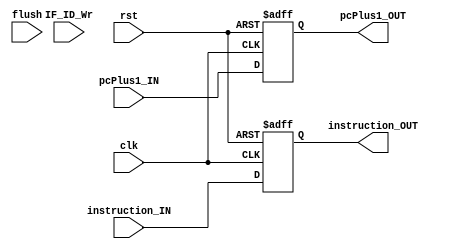
module IF_ID_Reg (clk, rst, flush, IF_ID_Wr, pcPlus1_IN, instruction_IN,
  pcPlus1_OUT, instruction_OUT);

  input clk, rst, flush, IF_ID_Wr;
  input[11:0] pcPlus1_IN;
  input[18:0] instruction_IN;
  output reg[11:0] pcPlus1_OUT;
  output reg[18:0] instruction_OUT;

  always @(posedge clk, posedge rst) begin
    if (rst) begin
      {pcPlus1_OUT, instruction_OUT} <= 0;
    end
    else begin
      pcPlus1_OUT <= pcPlus1_IN; instruction_OUT <= instruction_IN;
    end
  end

endmodule // IF_ID_Reg